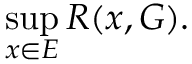
\operatorname* { s u p } _ { x \in E } R ( x , G ) .